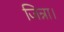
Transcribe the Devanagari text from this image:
जिन्ना।